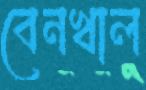
বেনখাল